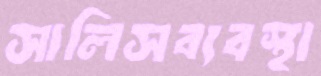
সালিসব্যবস্থা